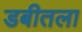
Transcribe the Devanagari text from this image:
डबीतला